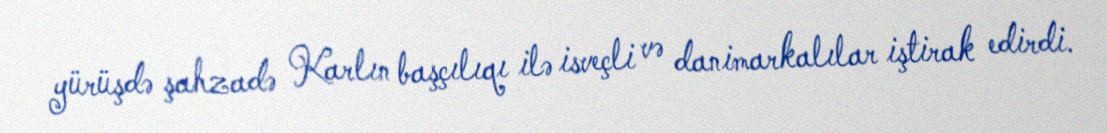
yürüşdə şahzadə Karlın başçılıqı ilə isveçli və danimarkalılar iştirak edirdi.